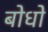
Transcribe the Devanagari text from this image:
बोधो